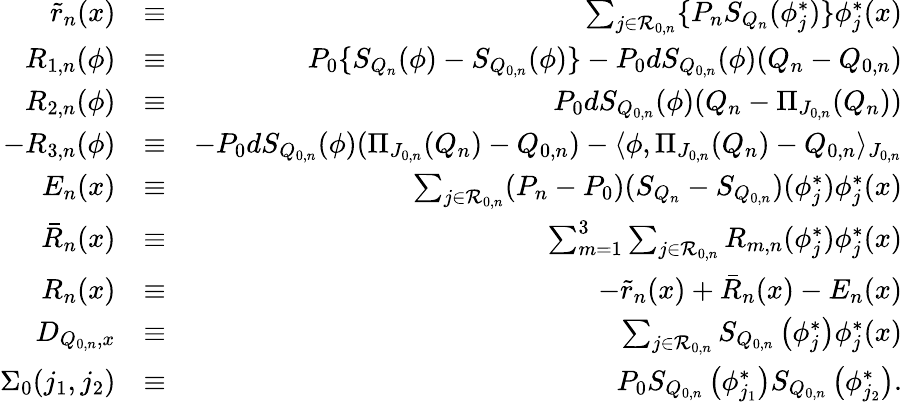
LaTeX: \begin{array}{rlr}{\tilde{r}_{n}(x)}&{\equiv}&{\sum_{j\in{\cal R}_{0,n}}\{ P_{n}S_{Q_{n}}(\phi_{j}^{*})\} \phi_{j}^{*}(x)}\\ {R_{1,n}(\phi)}&{\equiv}&{P_{0}\{ S_{Q_{n}}(\phi)-S_{Q_{0,n}}(\phi)\} -P_{0}dS_{Q_{0,n}}(\phi)(Q_{n}-Q_{0,n})}\\ {R_{2,n}(\phi)}&{\equiv}&{P_{0}dS_{Q_{0,n}}(\phi)(Q_{n}-\Pi_{J_{0,n}}(Q_{n}))}\\ {-R_{3,n}(\phi)}&{\equiv}&{-P_{0}dS_{Q_{0,n}}(\phi)(\Pi_{J_{0,n}}(Q_{n})-Q_{0,n})-\langle\phi,\Pi_{J_{0,n}}(Q_{n})-Q_{0,n}\rangle_{J_{0,n}}}\\ {E_{n}(x)}&{\equiv}&{\sum_{j\in{\cal R}_{0,n}}(P_{n}-P_{0})(S_{Q_{n}}-S_{Q_{0,n}})({\phi}_{j}^{*})\phi_{j}^{*}(x)}\\ {\bar{R}_{n}(x)}&{\equiv}&{\sum_{m=1}^{3}\sum_{j\in{\cal R}_{0,n}}R_{m,n}(\phi_{j}^{*})\phi_{j}^{*}(x)}\\ {R_{n}(x)}&{\equiv}&{-\tilde{r}_{n}(x)+\bar{R}_{n}(x)-E_{n}(x)}\\ {D_{Q_{0,n},x}}&{\equiv}&{\sum_{j\in{\cal R}_{0,n}}S_{Q_{0,n}}\left({\phi}_{j}^{*}\right)\phi_{j}^{*}(x)}\\ {\Sigma_{0}(j_{1},j_{2})}&{\equiv}&{P_{0}S_{Q_{0,n}}\left({\phi}_{j_{1}}^{*}\right)S_{Q_{0,n}}\left({\phi}_{j_{2}}^{*}\right).}\end{array}